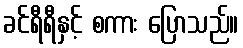
ခင်ရီရီနှင့် စကား ပြောသည်။